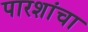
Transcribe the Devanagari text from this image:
पारशांचा